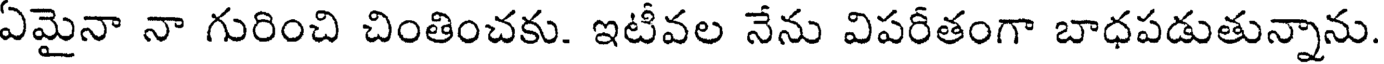
ఏమైనా నా గురించి చింతించకు. ఇటీవల నేను విపరీతంగా బాధపడుతున్నాను